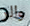
والر